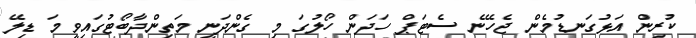
ކުރިން އަޅުގަނޑުމެން ޖެހޭނެ ސެޓަޕް ހަދަން ހޯލުގަ މި ގެންދަނީ މަތިންދާބޯޓުގައިވީމަ ޑިލޭ